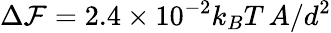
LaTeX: \Delta\mathcal{F}=2.4\times 10^{-2}k_{B}T\, A/d^{2}